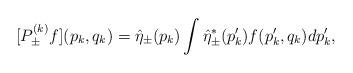
LaTeX: \begin{align*} [P_\pm^{(k)} f ] (p_k , q_k) = \hat \eta_\pm (p_k) \int \hat \eta_\pm^*(p'_k) f (p'_k , q_k) dp'_k , \end{align*}